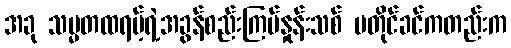
အခု သမ္မတထရမ့်ရဲ့အခွန်စည်းကြပ်နှုန်းသစ် မတိုင်ခင်ကတည်းက